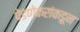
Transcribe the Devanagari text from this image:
पेडणेकरांकडून